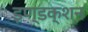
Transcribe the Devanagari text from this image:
इण्डक्शन